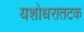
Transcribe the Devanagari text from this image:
यशोधरातटक